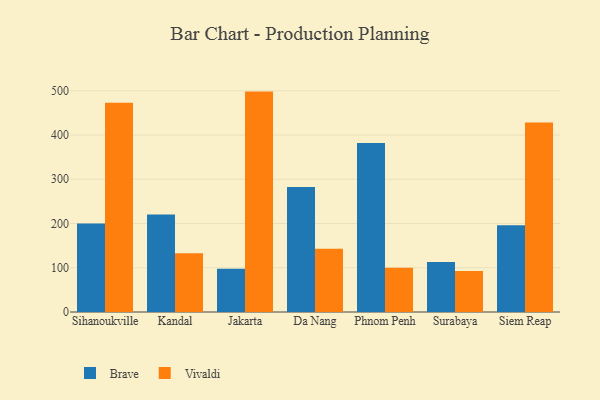
{"axis": {"x": "City", "y": "Gross Profit (USD K)"}, "legend": ["Brave", "Vivaldi"], "data": [{"x": "Sihanoukville", "y": 200.3, "type": "Brave"}, {"x": "Sihanoukville", "y": 473.0, "type": "Vivaldi"}, {"x": "Kandal", "y": 220.5, "type": "Brave"}, {"x": "Kandal", "y": 132.6, "type": "Vivaldi"}, {"x": "Jakarta", "y": 98.0, "type": "Brave"}, {"x": "Jakarta", "y": 498.2, "type": "Vivaldi"}, {"x": "Da Nang", "y": 282.3, "type": "Brave"}, {"x": "Da Nang", "y": 142.9, "type": "Vivaldi"}, {"x": "Phnom Penh", "y": 381.8, "type": "Brave"}, {"x": "Phnom Penh", "y": 100.3, "type": "Vivaldi"}, {"x": "Surabaya", "y": 113.0, "type": "Brave"}, {"x": "Surabaya", "y": 92.6, "type": "Vivaldi"}, {"x": "Siem Reap", "y": 196.3, "type": "Brave"}, {"x": "Siem Reap", "y": 428.6, "type": "Vivaldi"}]}